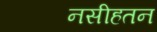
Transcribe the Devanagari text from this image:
नसीहतन